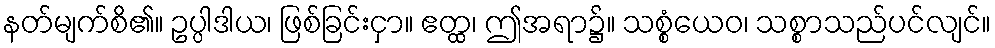
နတ်မျက်စိ၏။ ဥပ္ပါဒါယ၊ ဖြစ်ခြင်းငှာ။ ဧတ္ထ၊ ဤအရာ၌။ သစ္စံယေဝ၊ သစ္စာသည်ပင်လျင်။